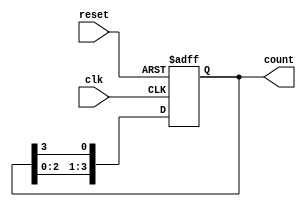
module ring_counter #(
    parameter n = 4  // Number of flip-flops
)(
    input wire clk,           // Clock input
    input wire reset,         // Asynchronous reset input
    output reg [n-1:0] count  // Output representing the current state
);

    // Initialize the counter
    initial begin
        count = 1'b1; // Start with the first flip-flop set to '1'
    end

    // Always block for the ring counter logic
    always @(posedge clk or posedge reset) begin
        if (reset) begin
            count <= 1'b1; // Reset to initial state
        end else begin
            // Shift the '1' to the next flip-flop
            count <= {count[n-2:0], count[n-1]}; // Shift left and wrap around
        end
    end

endmodule